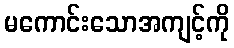
မကောင်းသောအကျင့်ကို